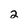
Character: 2